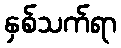
နှစ်သက်ရာ